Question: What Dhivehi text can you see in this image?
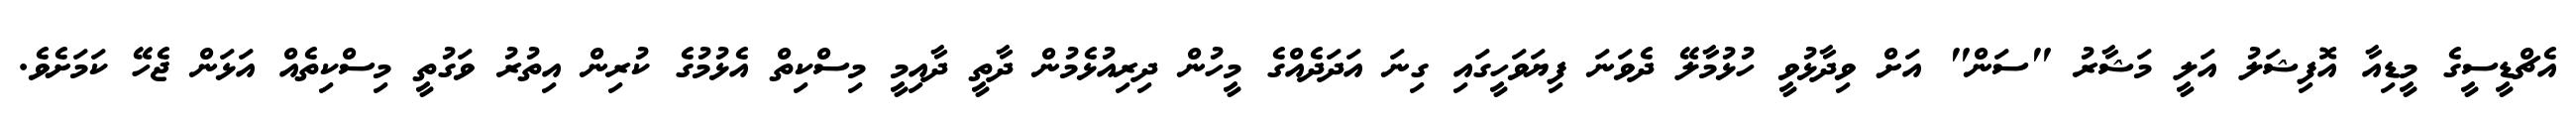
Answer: އެޗްޑީސީގެ މީޑިއާ އޮފިޝަލު އަލީ މަޝާރު "ސަން" އަށް ވިދާޅުވީ ހުޅުމާލޭ ދެވަނަ ފިޔަވަހީގައި ގިނަ އަދަދެއްގެ މީހުން ދިރިއުޅެމުން ދާތީ ދާއިމީ މިސްކިތް އެޅުމުގެ ކުރިން އިތުރު ވަގުތީ މިސްކިތެއް އަޅަން ޖެހޭ ކަމަށެވެ.